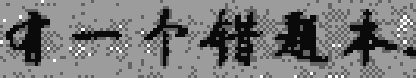
有一个错题本